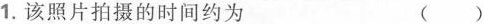
1.该照片拍摄的时间约为 ()